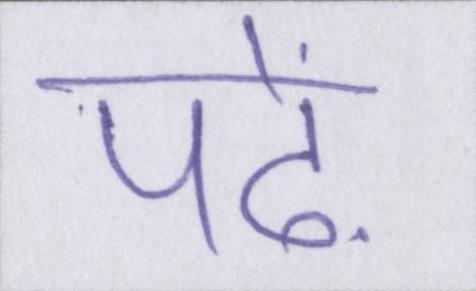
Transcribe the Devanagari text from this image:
पढ़ें